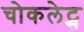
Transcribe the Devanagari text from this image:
चोकलेट्स